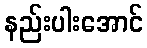
နည်းပါးအောင်